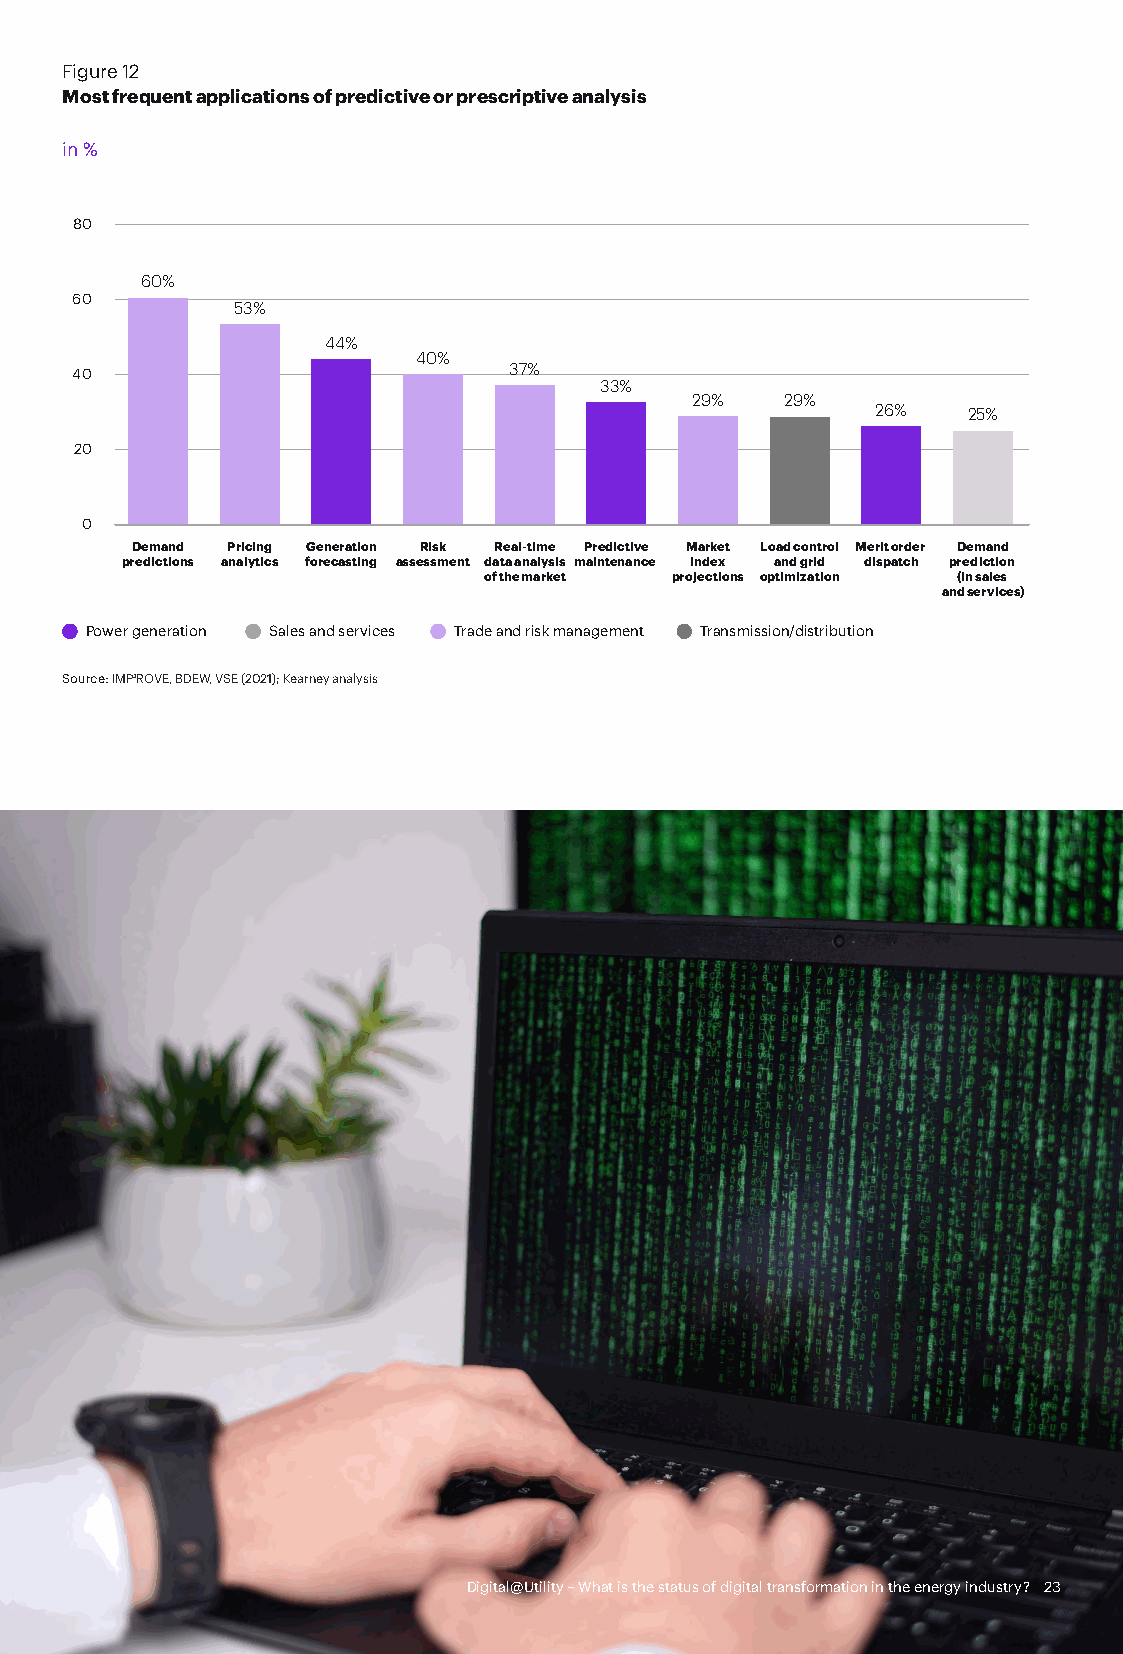
Figure 12
 Most frequent applications of predictive or prescriptive analysis
 in %
 80
 60%
 60
 53%
 44%
 40%
 40                           37%
 33%
 29%   29%
 26%   25%
 20
 0
 Demand Pricing Generation Risk Real-time Predictive Market Load control Merit order Demand
 predictions analytics forecasting assessment data analysis maintenance index and grid dispatch prediction
 of the market projections optimization (in sales
 and services)
 Power generation Sales and services Trade and risk management Transmission/distribution
 Source: IMP³ROVE, BDEW, VSE (2021); Kearney analysis
 Digital@Utility – What is the status of digital transformation in the energy industry? 23